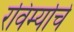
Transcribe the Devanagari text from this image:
रविर्म्याचे